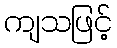
ကျသဖြင့်